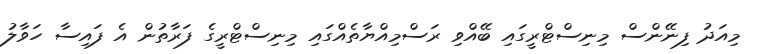
މިއަދު ފިނޭންސް މިނިސްޓްރީގައި ބޭއްވި ރަސްމިއްޔާތެއްގައި މިނިސްޓްރީގެ ފަރާތުން އެ ފައިސާ ހަވާލު